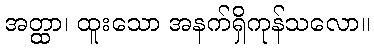
အတ္ထာ၊ ထူးသော အနက်ရှိကုန်သလော။